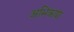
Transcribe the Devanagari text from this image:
अभिक्रया